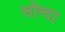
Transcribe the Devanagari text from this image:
सोग्दा